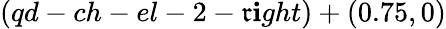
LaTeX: (qd-ch-el-2-\mathfrak{r}\mathbf{i}ght)+(0.75,0)